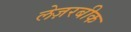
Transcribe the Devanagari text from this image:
लेज़रबीक